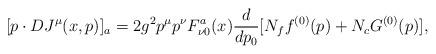
LaTeX: \begin{align*}[p\cdot D J^\mu(x,p) ]_a=2g^2p^\mu p^\nu F_{\nu 0}^a(x){d\over dp_0}[N_f f^{(0)}(p)+N_c G^{(0)}(p)],\end{align*}